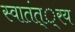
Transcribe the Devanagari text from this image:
स्वातंत््रय